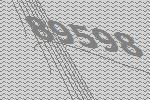
89598